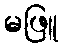
မဖြူ